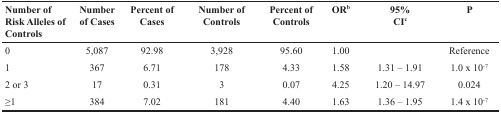
| Number of Risk Alleles of Controls | Number of Cases | Percent of Cases | Number of Controls | Percent of Controls | ORb | 95% CIc | P |
 | --- | --- | --- | --- | --- | --- | --- | --- |
 | 0 | 5,087 | 92.98 | 3,928 | 95.60 | 1.00 |  | Reference |
 | 1 | 367 | 6.71 | 178 | 4.33 | 1.58 | 1.31 – 1.91 | 1.0 × 10−7 |
 | 2 or 3 | 17 | 0.31 | 3 | 0.07 | 4.25 | 1.20 – 14.97 | 0.024 |
 | ≥1 | 384 | 7.02 | 181 | 4.40 | 1.63 | 1.36 – 1.95 | 1.4 × 10−7 |